Indian journal of veterinary science and animal husbandry - Volume 6,
Year: 1936
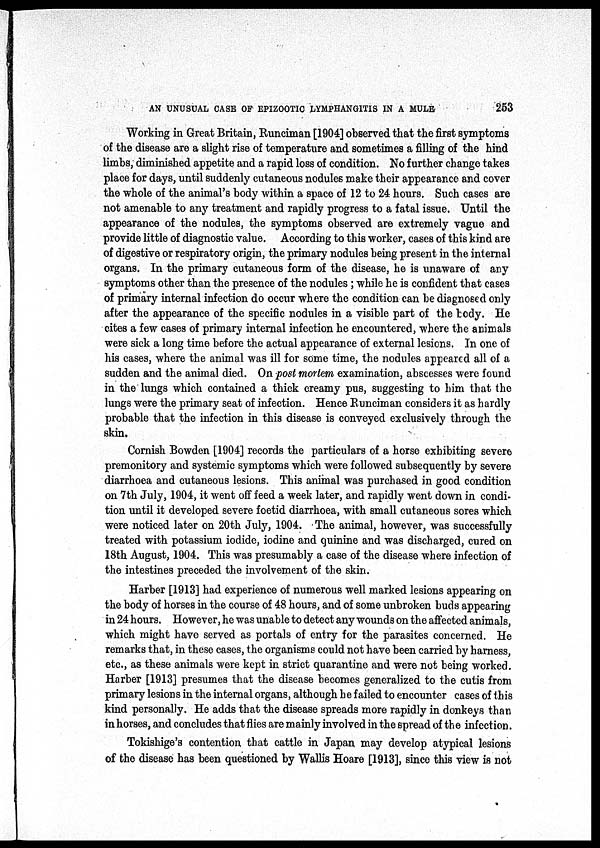
AN UNUSUAL CASE OF EPIZOOTIC LYMPHANGITIS IN A MULE
253
Working in Great Britain, Runciman [1904] observed that the first symptoms
of the disease are a slight rise of temperature and sometimes a filling of the hind
limbs, diminished appetite and a rapid loss of condition. No further change takes
place for days, until suddenly cutaneous nodules make their appearance and cover
the whole of the animal's body within a space of 12 to 24 hours. Such cases are
not amenable to any treatment and rapidly progress to a fatal issue. Until the
appearance of the nodules, the symptoms observed are extremely vague and
provide little of diagnostic value. According to this worker, cases of this kind are
of digestive or respiratory origin, the primary nodules being present in the internal
organs. In the primary cutaneous form of the disease, he is unaware of any
symptoms other than the presence of the nodules ; while he is confident that cases
of primary internal infection do occur where the condition can be diagnosed only
after the appearance of the specific nodules in a visible part of the body. He
cites a few cases of primary internal infection he encountered, where the animals
were sick a long time before the actual appearance of external lesions. In one of
his cases, where the animal was ill for some time, the nodules appeared all of a
sudden and the animal died. On post mortem examination, abscesses were found
in the lungs which contained a thick creamy pus, suggesting to him that the
lungs were the primary seat of infection. Hence Runciman considers it as hardly
probable that the infection in this disease is conveyed exclusively through the
skin.
Cornish Bowden [1904] records the particulars of a horse exhibiting severe
premonitory and systemic symptoms which were followed subsequently by severe
diarrhoea and cutaneous lesions. This animal was purchased in good condition
on 7th July, 1904, it went off feed a week later, and rapidly went down in condi-
tion until it developed severe foetid diarrhoea, with small cutaneous sores which
were noticed later on 20th July, 1904. The animal, however, was successfully
treated with potassium iodide, iodine and quinine and was discharged, cured on
18th August, 1904. This was presumably a case of the disease where infection of
the intestines preceded the involvement of the skin.
Harber [1913] had experience of numerous well marked lesions appearing on
the body of horses in the course of 48 hours, and of some unbroken buds appearing
in 24 hours. However, he was unable to detect any wounds on the affected animals,
which might have served as portals of entry for the parasites concerned. He
remarks that, in these cases, the organisms could not have been carried by harness,
etc., as these animals were kept in strict quarantine and were not being worked.
Harber [1913] presumes that the disease becomes generalized to the cutis from
primary lesions in the internal organs, although he failed to encounter cases of this
kind personally. He adds that the disease spreads more rapidly in donkeys than
in horses, and concludes that flies are mainly involved in the spread of the infection.
Tokishige's contention that cattle in Japan may develop atypical lesions
of the disease has been questioned by Wallis Hoare [1913], since this view is not